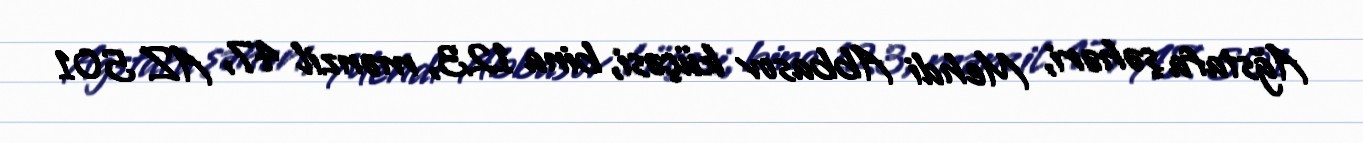
Ağstafa şəhəri, Mehdi Abbasov küçəsi, bina 123, mənzil 47, AZ 501